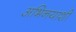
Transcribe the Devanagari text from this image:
अभिनयाशी